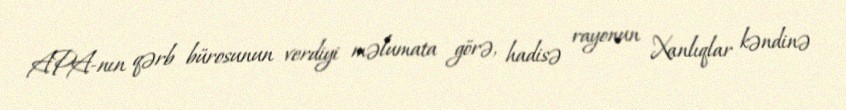
APA-nın qərb bürosunun verdiyi məlumata görə, hadisə rayonun Xanlıqlar kəndinə